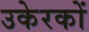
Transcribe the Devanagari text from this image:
उकेरकों